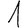
Digit: 1